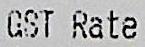
GST RATE